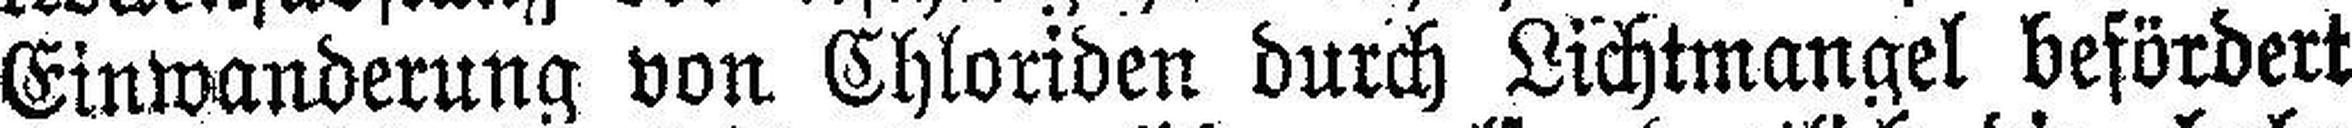
Einwanderung von Chloriden durch Lichtmangel befördert